Lunatic asylums Madras 1892-1911 - 1892-1911
Year: 1892
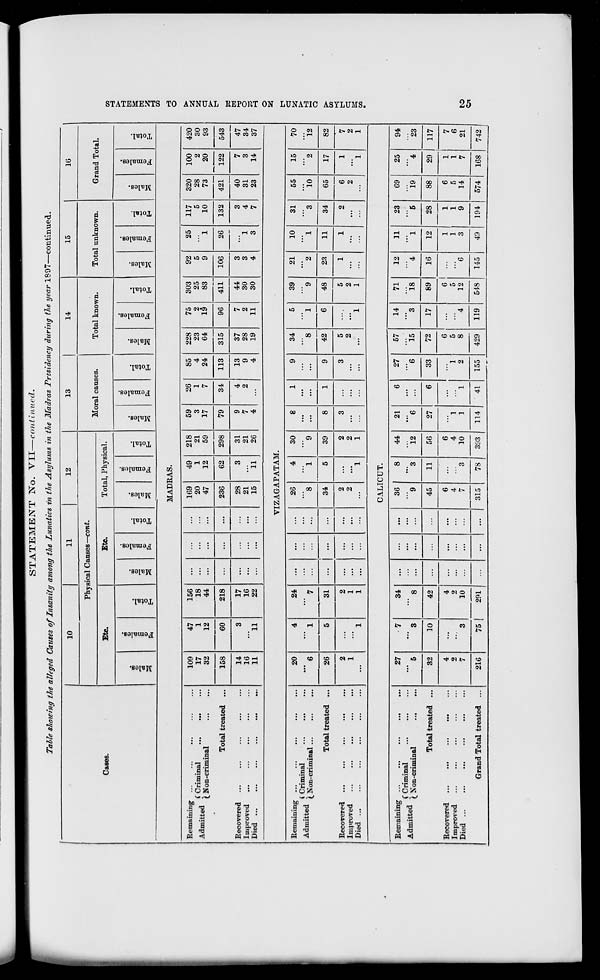
STATEMENT No. VII—continued.
Talle thawing the alleged Causes of Insanity among the Lunatics in the Asylums in the Madras Presidency during the year 1897—continued.
Cases.
10
11
12
13
14
15
16
Physical Causes—cont.
Moral causes.
Total known.
Total unknown.
Grand Total.
Etc.
Etc.
Total, Physical.
oo
B
3
CO
.2
3
S
o
"3
o
on
CJ
"3
3
m
o
"3
1 3 o
EH
so
09
3
a
OQ
s
3
a
o
3
O
00
3
8
00
O
3
0
"3
EH
00
O
3
00
3
a o
3
o
EH
00
"3
00
<»
a
09
fa
3
o
EH
to
"3
3
00
HI
3
a
fa
"3
"0
EH
MADRAS.
Remaining ...
» J • t A f Criminal
Admitted t -,
... *
(K on-criminal
Total treated ...
Recovered
Improved
A/lCU
■••
••■
•*•
• • ■
• • *
« . ,
109
17
32
47
1
12
156
18
44
...
...
...
169
20
47
49
1
12
218
21
59
59
3
17
26
1
7
85
4
24
228
23
64
75
2
19
303
25
83
92
5
9
25
1
117
5
10
320
28
73
100
2
20
420
30
93
543
47
34
37
158
60
218
...
...
...
236
62
298
79
34
113
315
96
411
106
26
"l
3
132
421
122
14
16
11
3
11
17
16
22
...
...
...
28
21
15
3
11
31
21
26
9
7
4
4
2
13
9
4
37
28
19
7
2
11
44
30
30
3
3
4
3
4
7
40
31
23
7
3
14
VIZAGAPATAM.
Remaining ...
Admitted f Criminal
( A on-criminal
Total treated ...
Recovered ...
...
...
...
Improved
UlQiX
..•
■•>
•••
...
...
...
20
'" 6
4
'" 1
24
' 7
...
...
...
26
8
4
1
30
9
8
1
9
34
' 8
5
1
39
9
21
2
23
10
1
31
3
34
55
10
15
2
70
12
26
5
31
...
...
...
34
5
39
8
1
9
42
6
48
11
65
17
82
2
1
1
2
1
1
...
...
...
2
2
' 1
2
2
1
3
...
3
5
2
1
5
2
1
1
1
2
6
2
1
1
7
2
1
CALICUT.
Remaining ...
...
...
...
»J vi j C Criminal
Admitted lNon . criminal
Total treated ...
Recovered ...
...
Improved
JJlOCl ...
*«*
•••
•••
•••
•••
Grand Total treated ...
27
5
7
3
34
' 8
...
...
...
36
9
8
' 3
44
12
21
*6
6
27
"*6
57
15
14
3
71
18
12
4
11
1
23
"5
69
19
25
"4
94
23
32
10
42
...
...
45
11
56
27
6
33
72
17
89
16
12
28
88
29
117
4
2
7
3
4
2
10
...
...
...
6
4
7
3
6
4
10
1
1
1
1
2
6
5
8
4
6
5
12
6
1
1
3
1
1
9
6
5
14
1
1
7
7
6
21
216
75
291
...
...
315
78
393 1 114
41
155
429
119
548
145
49
194
574
168
742
1
GO
H3
K
H
GO
1-3
O
>
12!
a
id
o
o
tH
a
!>
1—1
Q
OQ
tH
CO
to
en